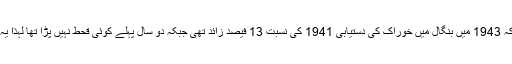
امرتا سین نے اپنی کتاب میں ان توجیہات کے پرخچے اڑا دیے، سین نے لکھا کہ 1943 میں بنگال میں خوراک کی دستیابی 1941 کی نسبت 13 فیصد زائد تھی جبکہ دو سال پہلے کوئی قحط نہیں پڑا تھا لہٰذا یہ دلیل بے وزن ہے کہ خوراک کم تھی، لہٰذا تیس لاکھ لوگ بھوک سے مر گئے۔